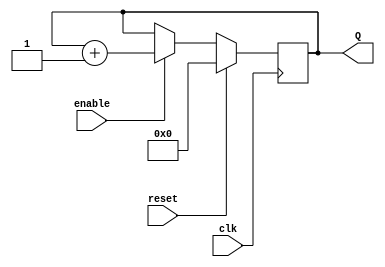
module counter27(input clk,
				 input enable,
				 input reset,
				 output reg [26:0] Q);

				 
	always@(posedge clk)
		if(reset)
		begin
			Q <= 0;
		end
		
		else if(enable)
		begin
			Q <= Q + 1;
		end

endmodule